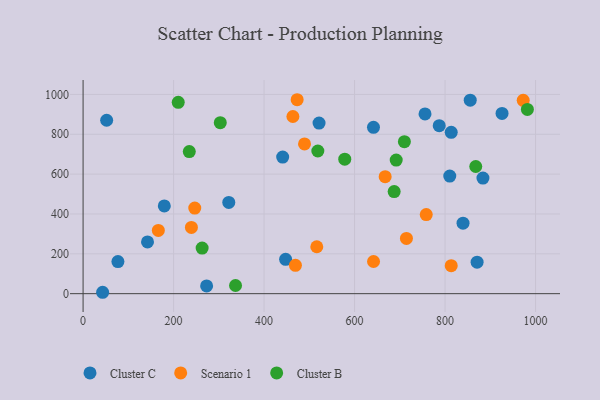
{"axis": {"x": "Experience", "y": "Exam Score"}, "legend": ["Cluster B", "Cluster C", "Scenario 1"], "data": [{"x": "813.6", "y": 810.0, "type": "Cluster C"}, {"x": "855.6", "y": 970.9, "type": "Cluster C"}, {"x": "755.7", "y": 902.1, "type": "Cluster C"}, {"x": "322.0", "y": 458.2, "type": "Cluster C"}, {"x": "43.2", "y": 7.0, "type": "Cluster C"}, {"x": "810.4", "y": 590.3, "type": "Cluster C"}, {"x": "447.6", "y": 172.3, "type": "Cluster C"}, {"x": "273.0", "y": 38.7, "type": "Cluster C"}, {"x": "77.0", "y": 161.1, "type": "Cluster C"}, {"x": "179.5", "y": 440.3, "type": "Cluster C"}, {"x": "52.1", "y": 870.5, "type": "Cluster C"}, {"x": "839.7", "y": 353.7, "type": "Cluster C"}, {"x": "870.8", "y": 158.2, "type": "Cluster C"}, {"x": "787.1", "y": 843.0, "type": "Cluster C"}, {"x": "883.7", "y": 580.4, "type": "Cluster C"}, {"x": "441.1", "y": 685.8, "type": "Cluster C"}, {"x": "641.8", "y": 834.9, "type": "Cluster C"}, {"x": "142.4", "y": 259.5, "type": "Cluster C"}, {"x": "521.5", "y": 856.1, "type": "Cluster C"}, {"x": "925.9", "y": 904.8, "type": "Cluster C"}, {"x": "246.8", "y": 429.7, "type": "Scenario 1"}, {"x": "641.9", "y": 161.5, "type": "Scenario 1"}, {"x": "489.4", "y": 751.6, "type": "Scenario 1"}, {"x": "813.6", "y": 140.6, "type": "Scenario 1"}, {"x": "473.1", "y": 973.4, "type": "Scenario 1"}, {"x": "714.6", "y": 277.5, "type": "Scenario 1"}, {"x": "972.7", "y": 970.3, "type": "Scenario 1"}, {"x": "239.4", "y": 332.4, "type": "Scenario 1"}, {"x": "758.4", "y": 397.0, "type": "Scenario 1"}, {"x": "516.5", "y": 235.6, "type": "Scenario 1"}, {"x": "463.7", "y": 889.3, "type": "Scenario 1"}, {"x": "469.3", "y": 142.5, "type": "Scenario 1"}, {"x": "667.6", "y": 587.1, "type": "Scenario 1"}, {"x": "166.3", "y": 317.5, "type": "Scenario 1"}, {"x": "687.5", "y": 512.5, "type": "Cluster B"}, {"x": "518.8", "y": 716.1, "type": "Cluster B"}, {"x": "578.3", "y": 675.0, "type": "Cluster B"}, {"x": "336.9", "y": 41.1, "type": "Cluster B"}, {"x": "710.1", "y": 762.7, "type": "Cluster B"}, {"x": "234.7", "y": 713.4, "type": "Cluster B"}, {"x": "210.3", "y": 960.3, "type": "Cluster B"}, {"x": "981.9", "y": 924.9, "type": "Cluster B"}, {"x": "263.1", "y": 229.0, "type": "Cluster B"}, {"x": "303.2", "y": 858.2, "type": "Cluster B"}, {"x": "867.8", "y": 638.3, "type": "Cluster B"}, {"x": "692.0", "y": 670.4, "type": "Cluster B"}]}